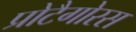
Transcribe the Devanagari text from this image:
प्रोटैगोरस